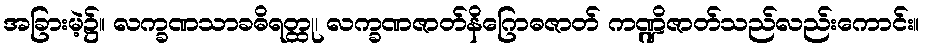
အခြားမဲ့၌။ လက္ခဏသာခဓိရတ္ထု၊ လက္ခဏဇာတ်နိဂြောဓဇာတ် ကဏ္ဍိဇာတ်သည်လည်းကောင်း။